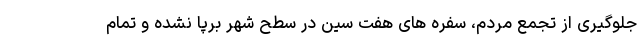
جلوگیری از تجمع مردم، سفره های هفت سین در سطح شهر برپا نشده و تمام